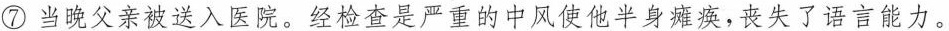
⑦当晚父亲被送入医院，经检查是严重的中风使他半身挥换，丧失了语言能力。